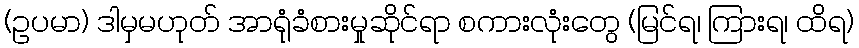
(ဥပမာ) ဒါမှမဟုတ် အာရုံခံစားမှုဆိုင်ရာ စကားလုံးတွေ (မြင်ရ၊ ကြားရ၊ ထိရ)